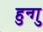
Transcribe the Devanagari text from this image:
हुन्गु